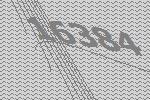
16384